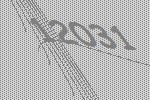
12031